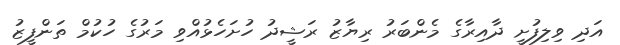
އަދި ވިލިފުށީ ދާއިރާގެ މެންބަރު ރިޔާޒު ރަޝީދު ހުށަހެޅުއްވި މަރުގެ ހުކުމް ތަންފީޒު